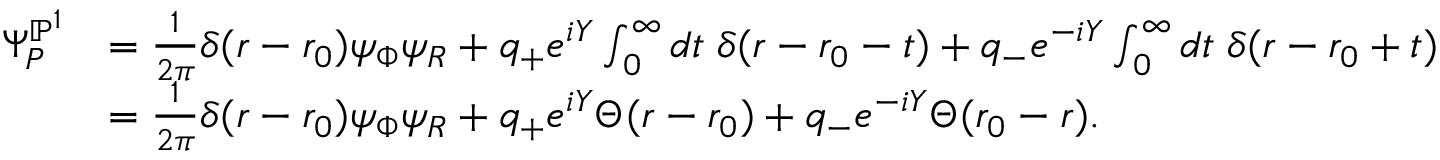
\begin{array} { r l } { \Psi _ { P } ^ { \mathbb { P } ^ { 1 } } } & { = \frac { 1 } { 2 \pi } \delta ( r - r _ { 0 } ) \psi _ { \Phi } \psi _ { R } + q _ { + } e ^ { i Y } \int _ { 0 } ^ { \infty } d t \; \delta ( r - r _ { 0 } - t ) + q _ { - } e ^ { - i Y } \int _ { 0 } ^ { \infty } d t \; \delta ( r - r _ { 0 } + t ) } \\ & { = \frac { 1 } { 2 \pi } \delta ( r - r _ { 0 } ) \psi _ { \Phi } \psi _ { R } + q _ { + } e ^ { i Y } \Theta ( r - r _ { 0 } ) + q _ { - } e ^ { - i Y } \Theta ( r _ { 0 } - r ) . } \end{array}